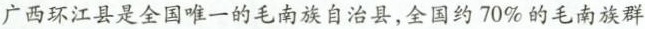
广西环江县是全国唯一的毛南族自治县，全国约70%的毛南族群